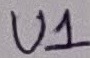
Text: U1